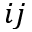
i j